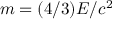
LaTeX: m = ( 4 / 3 ) E / c ^ { 2 }